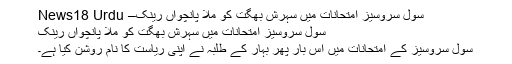
سول سروسیز امتحانات میں سہرش بھگت کو ملا پانچواں رینک– News18 Urdu
سول سروسیز امتحانات میں سہرش بھگت کو ملا پانچواں رینک
سول سروسیز کے امتحانات میں اس بار پھر بہار کے طلبہ نے اپنی ریاست کا نام روشن کیا ہے۔